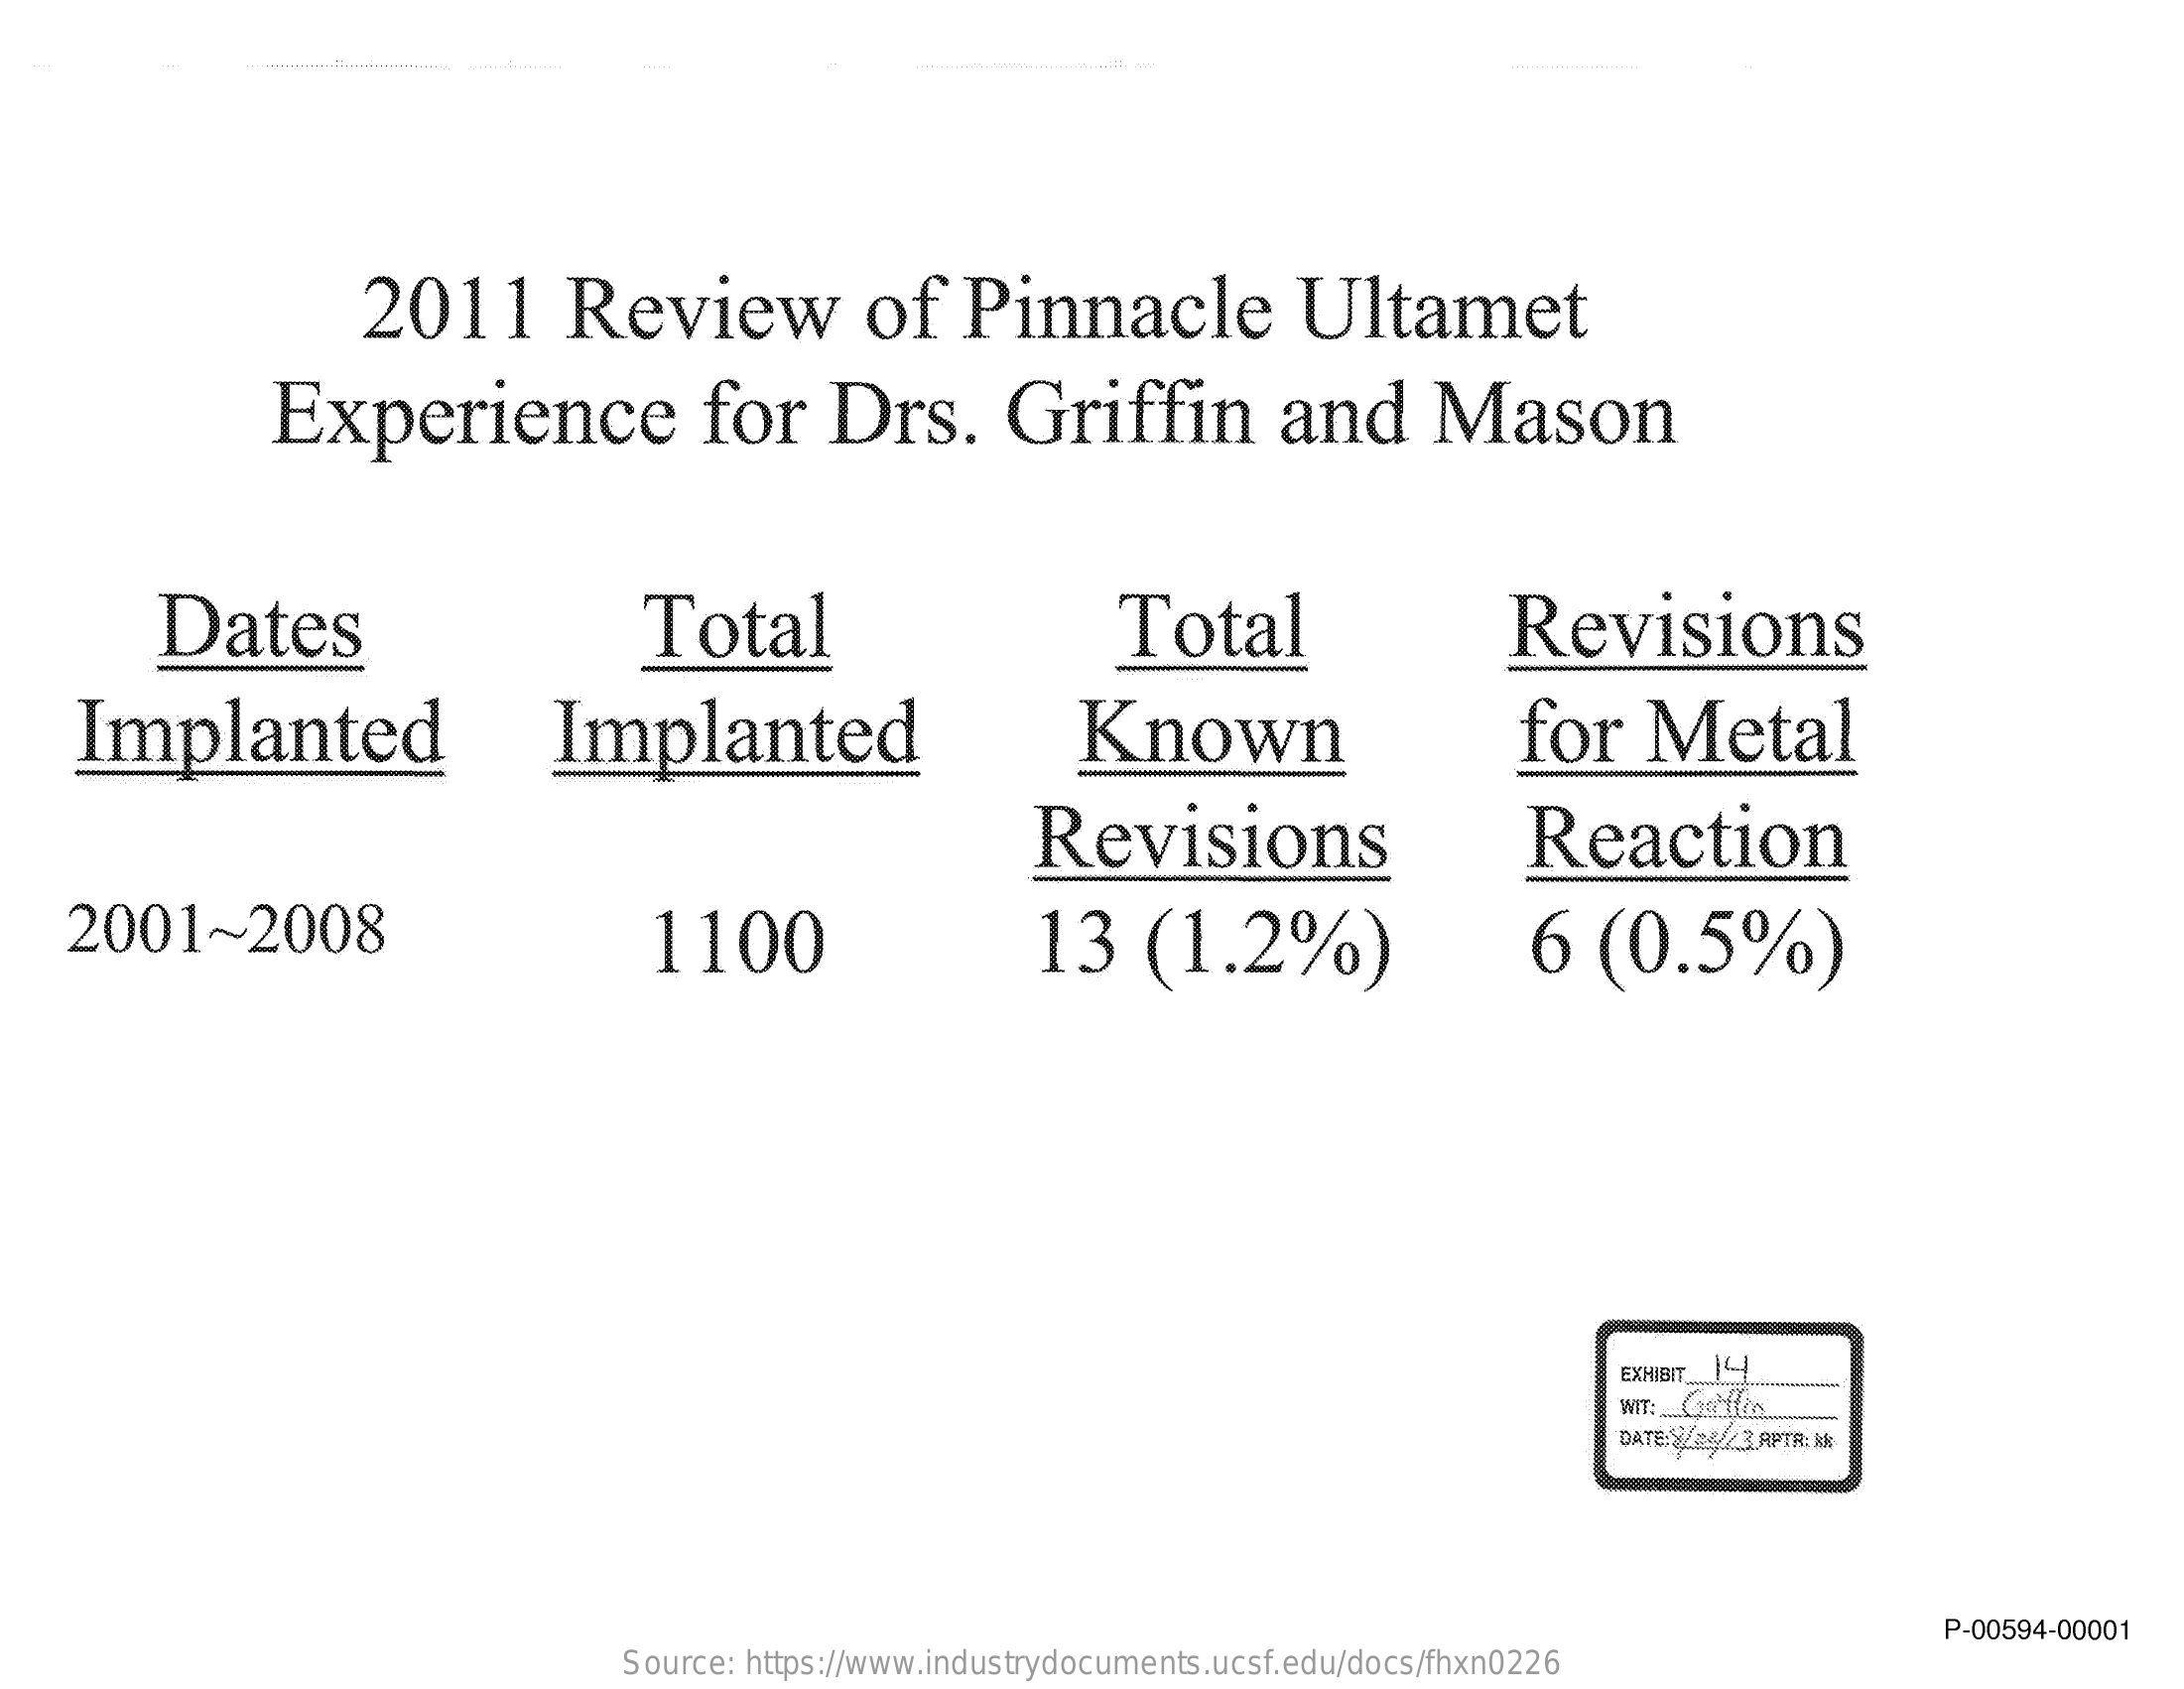
2011    Review    of    Pinnacle    Ultamet
     Experience    for    Drs.    Griffin    and    Mason
     Dates    Total    Total    Revisions
     Implanted    Implanted    Known    for    Metal
     Revisions    Reaction
     2001~2008    1100    13   (1.2%)    6   (0.5%)
     EXHIBIT 14
     DATE:S /22/ 3 APTR: A
     P-00594-00001
     Source: https://www.industrydocuments.ucsf.edu/docs/fhxn0226